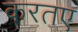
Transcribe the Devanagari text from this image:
करतए